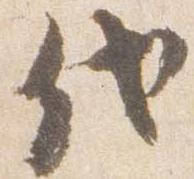
代